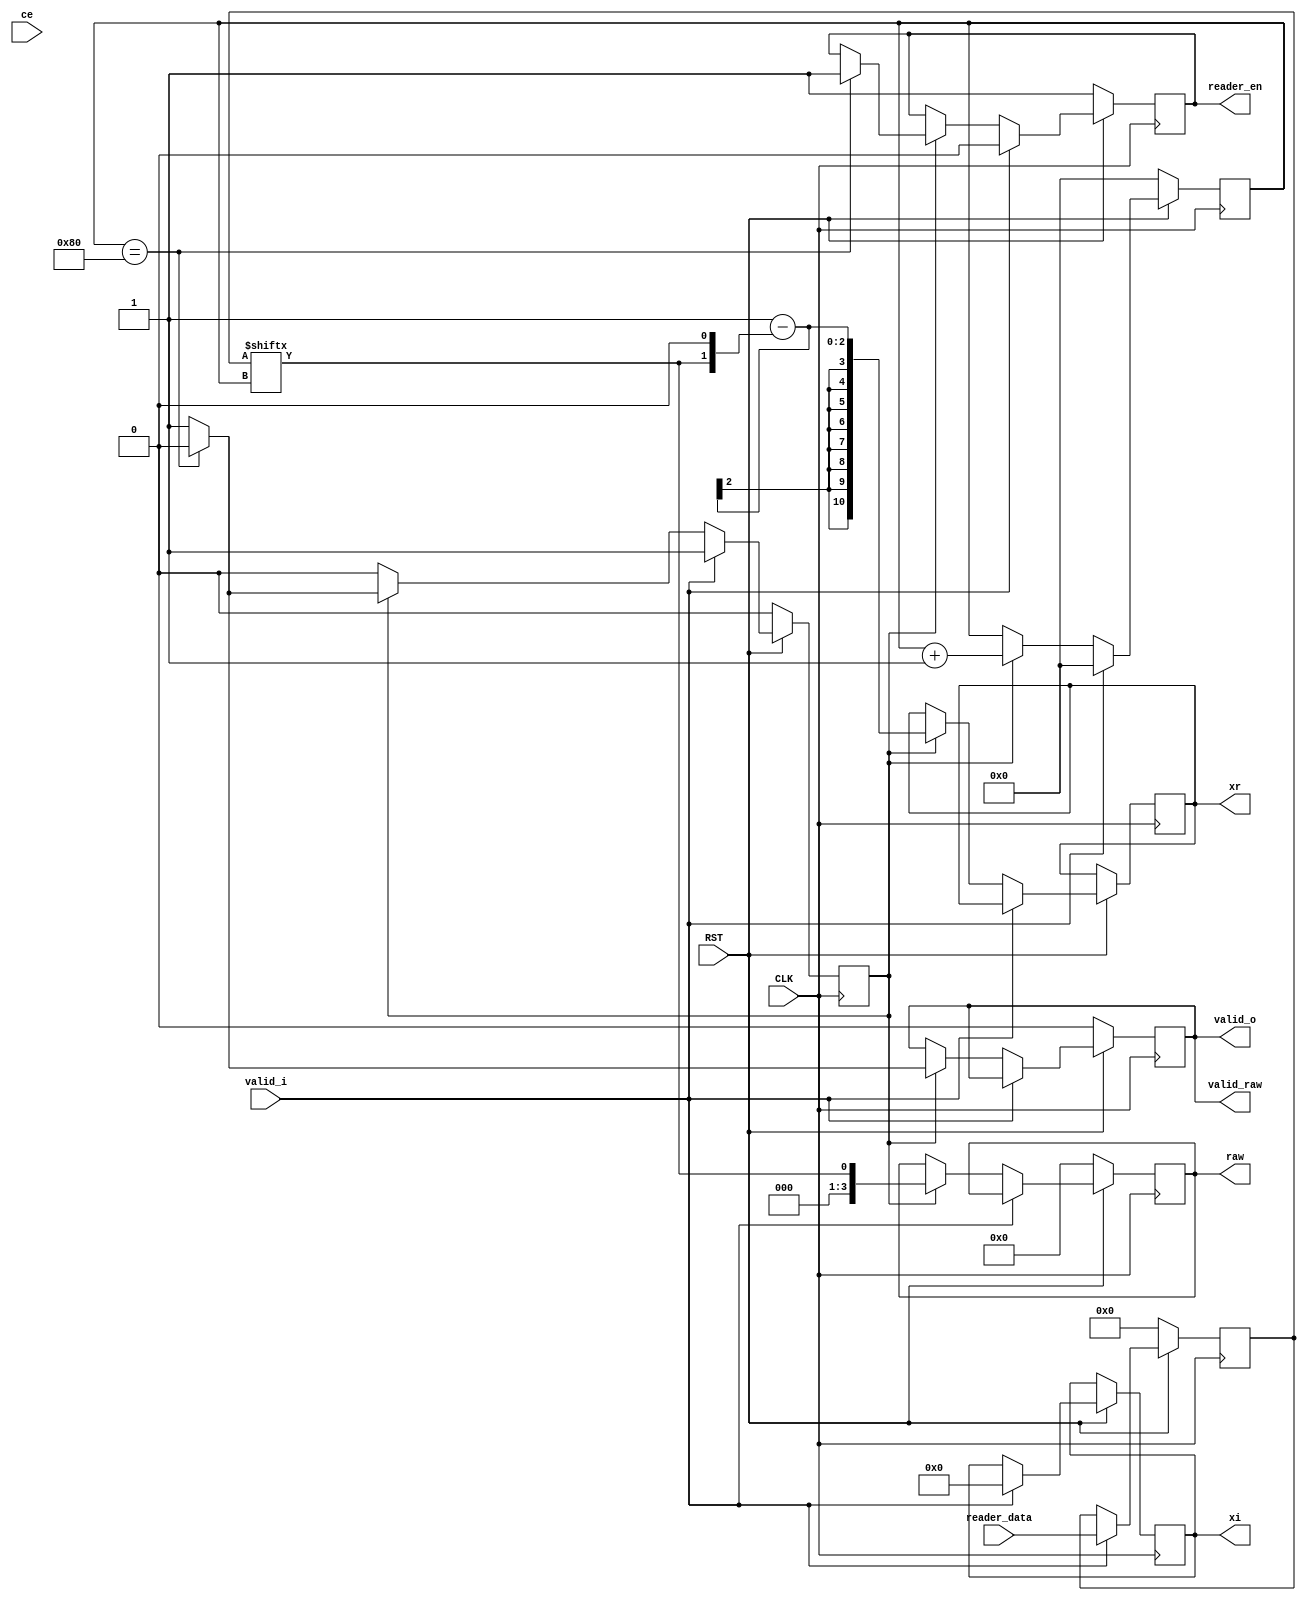
`timescale 1ns / 1ps
//////////////////////////////////////////////////////////////////////////////////
// Company: 
// Engineer: 
// 
// Design Name: 
// Module Name:    iqdemap_bpsk 
// Project Name: 
// Target Devices: 
// Tool versions: 
// Description: 
//
// Dependencies: 
//
// Revision: 
// Revision 0.01 - File Created
// Additional Comments: 
//
//////////////////////////////////////////////////////////////////////////////////
module iqmap_bpsk(
                  input                    CLK,
                  input                    RST,
                  input                    ce,
                  input                    valid_i,
                  input [127:0]            reader_data,
                  output reg signed [10:0] xr,
                  output reg signed [10:0] xi,
                  output reg               valid_o,
                  output                   valid_raw,
                  output reg               reader_en,
                  output reg [3:0]         raw
                  );
   
   assign valid_raw = valid_o;
   
   reg [127:0] reader_data_reg;
   reg [8:0]   cnt;
   reg         start_output_flg;
        
   always@(posedge CLK)
	 begin
		if(!RST)
		  begin
			 cnt <= 0;
			 reader_data_reg <= 0;
			 valid_o <= 0;
			 raw <= 0;
			 reader_en <= 1;
             start_output_flg <= 0;
             
		  end
		else
		  begin
			 if(valid_i)
			   begin
				  reader_en <= 0;
				  reader_data_reg <= reader_data;
				  cnt <= 0;
				  xi <= 0;
                  start_output_flg <= 1;                 
			   end
			 else
			   begin
                  if(start_output_flg)
                    begin
                       valid_o <= 1;
				       xr <= 1 - (reader_data_reg[cnt] << 1);
				       raw <= reader_data_reg[cnt];
				       cnt <= cnt + 1;
				       if(cnt == 128)
					     begin
                            start_output_flg <= 0;
					        valid_o <= 0;
					        reader_en <= 1;
					     end
			        end // if (start_output)
               end
		  end
	 end


endmodule